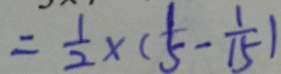
= \frac { 1 } { 2 } \times ( \frac { 1 } { 5 } - \frac { 1 } { 1 5 } )